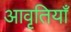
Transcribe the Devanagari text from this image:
अावृतियाँ